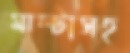
মাল্টাসহ